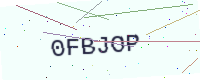
Text: 0FBJOP